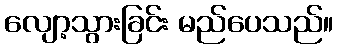
လျော့သွားခြင်း မည်ပေသည်။